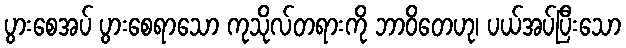
ပွားစေအပ် ပွားစေရာသော ကုသိုလ်တရားကို ဘာဝိတေဟု၊ ပယ်အပ်ပြီးသော